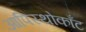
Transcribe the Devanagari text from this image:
आपिस्थोकाँट